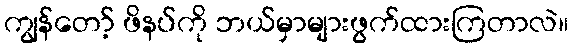
ကျွန်တော့် ဖိနပ်ကို ဘယ်မှာများဖွက်ထားကြတာလဲ။